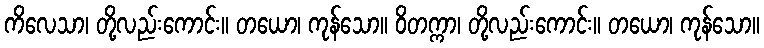
ကိလေသာ၊ တို့လည်းကောင်း။ တယော၊ ကုန်သော။ ဝိတက္ကာ၊ တို့လည်းကောင်း။ တယော၊ ကုန်သော။